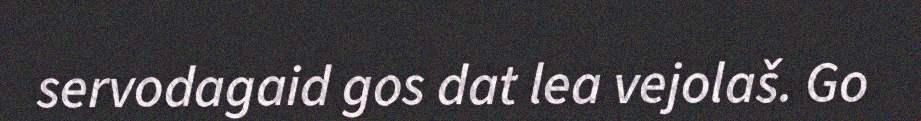
servodagaid gos dat lea vejolaš. Go